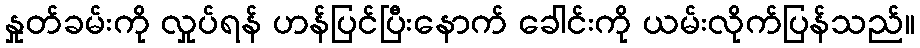
နှုတ်ခမ်းကို လှုပ်ရန် ဟန်ပြင်ပြီးနောက် ခေါင်းကို ယမ်းလိုက်ပြန်သည်။